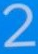
2